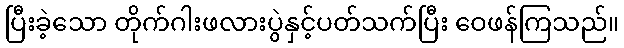
ပြီးခဲ့သော တိုက်ဂါးဖလားပွဲနှင့်ပတ်သက်ပြီး ဝေဖန်ကြသည်။